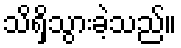
သိရှိသွားခဲ့သည်။